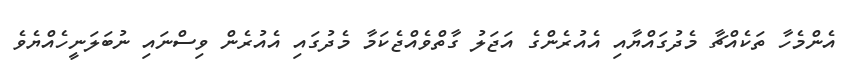
އެންމެހާ ތަކެއްޗާ މެދުގައްޔާއި އެއުރެންގެ އަޖަލު ގާތްވެއްޖެކަމާ މެދުގައި އެއުރެން ވިސްނައި ނުބަލަނީހެއްޔެވެ